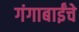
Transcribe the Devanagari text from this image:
गंगाबाईंचे